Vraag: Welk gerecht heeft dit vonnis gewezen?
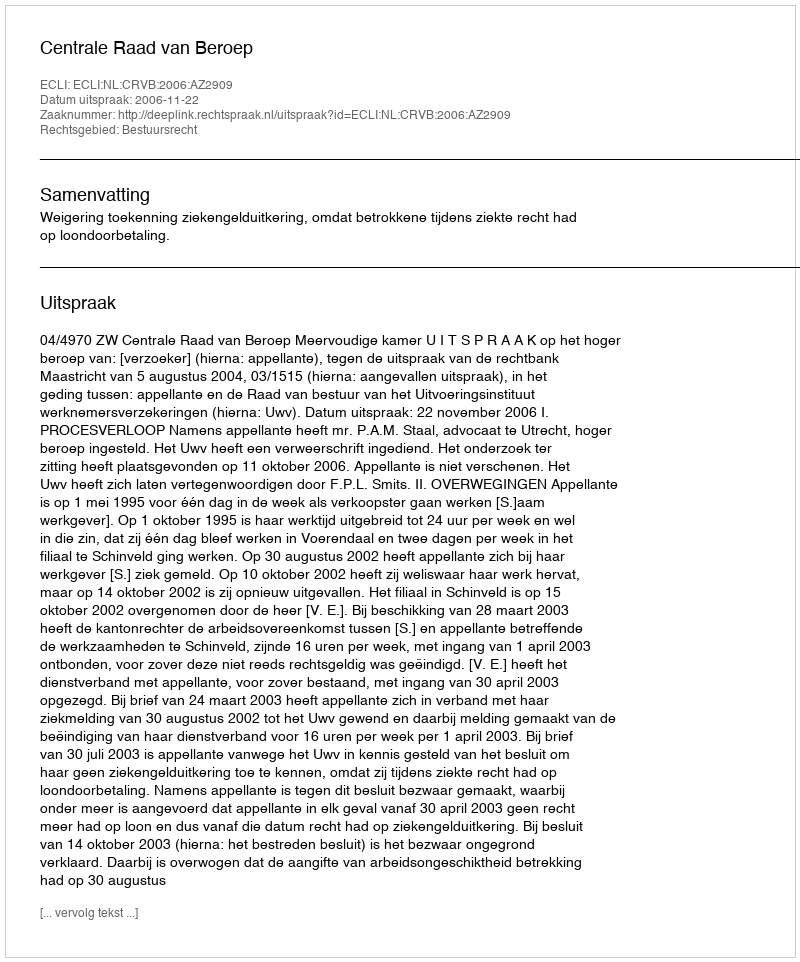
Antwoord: Centrale Raad van Beroep